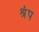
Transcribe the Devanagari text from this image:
श्रृंप